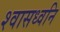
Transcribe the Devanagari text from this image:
श्वासध्वनि